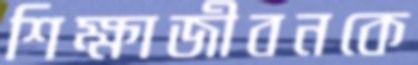
শিক্ষাজীবনকে